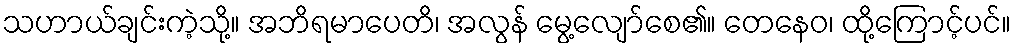
သဟာယ်ချင်းကဲ့သို့။ အဘိရမာပေတိ၊ အလွန် မွေ့လျော်စေ၏။ တေနေဝ၊ ထို့ကြောင့်ပင်။